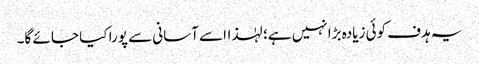
یہ ہدف کوئی زیادہ بڑا نہیں ہے؛ لہٰذااسے آسانی سے پورا کیا جا ئے گا۔